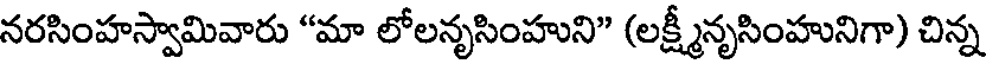
నరసింహస్వామివారు "మా లోలనృసింహుని" (లక్ష్మీనృసింహునిగా) చిన్న